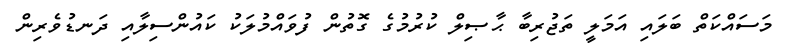
މަސައްކަތް ބަލައި އަމަލީ ތަޖުރިބާ ޙާޞިލް ކުރުމުގެ ގޮތުން ފުވައްމުލަކު ކައުންސިލާއި ދަނޑުވެރިން